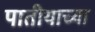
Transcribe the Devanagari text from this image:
पातीयाच्या